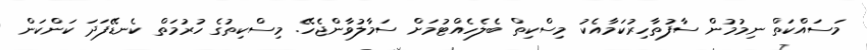
މަސައްކަތް ނިމުމުން ސާފުތާހިރުކަމާއެކު މިސްކިތް ބެލެހެއްޓުމަށް ސަމާލުވާންޖެހޭ. މިސްކިތުގެ ހުރުމަތް ކެނޑޭފަދަ ކަންކަން